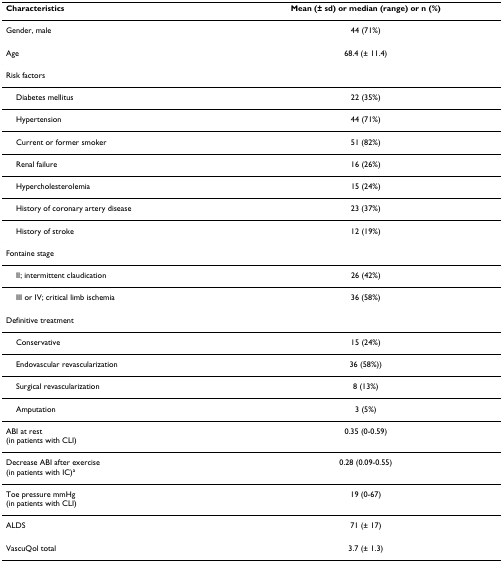
<table><thead><tr><td><b>Characteristics</b></td><td><b>Mean (± sd) or median (range) or n (%)</b></td></tr></thead><tbody><tr><td>Gender, male</td><td>44 (71%)</td></tr><tr><td>Age</td><td>68.4 (± 11.4)</td></tr><tr><td>Risk factors</td><td></td></tr><tr><td> Diabetes mellitus</td><td>22 (35%)</td></tr><tr><td> Hypertension</td><td>44 (71%)</td></tr><tr><td> Current or former smoker</td><td>51 (82%)</td></tr><tr><td> Renal failure</td><td>16 (26%)</td></tr><tr><td> Hypercholesterolemia</td><td>15 (24%)</td></tr><tr><td> History of coronary artery disease</td><td>23 (37%)</td></tr><tr><td> History of stroke</td><td>12 (19%)</td></tr><tr><td>Fontaine stage</td><td></td></tr><tr><td> II; intermittent claudication</td><td>26 (42%)</td></tr><tr><td> III or IV; critical limb ischemia</td><td>36 (58%)</td></tr><tr><td>Definitive treatment</td><td></td></tr><tr><td> Conservative</td><td>15 (24%)</td></tr><tr><td> Endovascular revascularization</td><td>36 (58%))</td></tr><tr><td> Surgical revascularization</td><td>8 (13%)</td></tr><tr><td> Amputation</td><td>3 (5%)</td></tr><tr><td>ABI at rest(in patients with CLI)</td><td>0.35 (0-0.59)</td></tr><tr><td>Decrease ABI after exercise(in patients with IC)<sup>a</sup></td><td>0.28 (0.09-0.55)</td></tr><tr><td>Toe pressure mmHg(in patients with CLI)</td><td>19 (0-67)</td></tr><tr><td>ALDS</td><td>71 (± 17)</td></tr><tr><td>VascuQol total</td><td>3.7 (± 1.3)</td></tr></tbody></table>